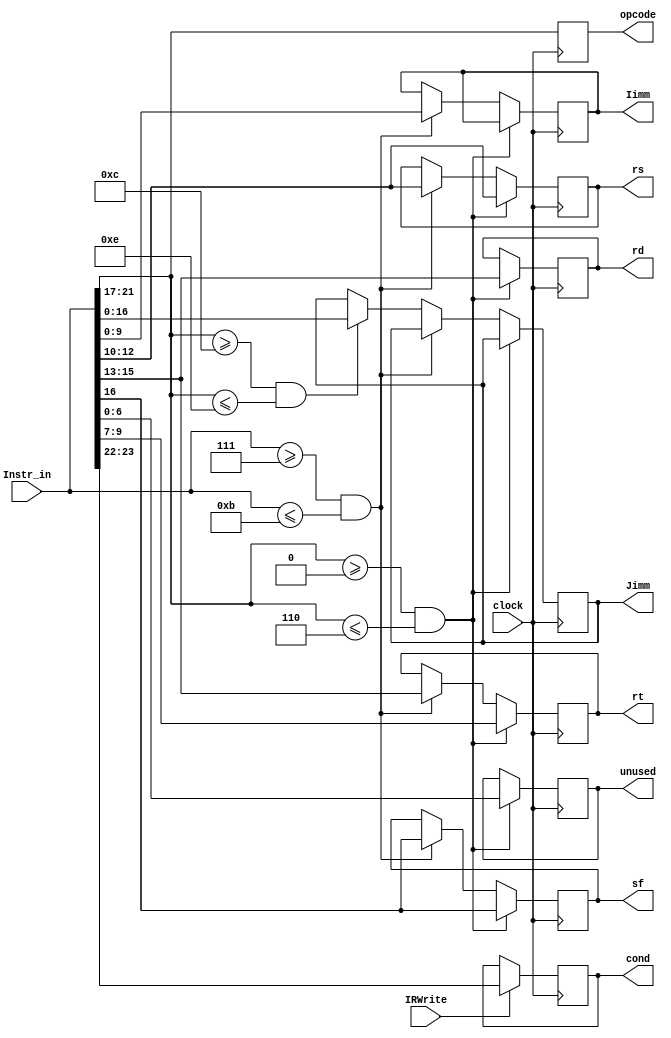
`timescale 1ns / 1ps

module Instruction_register(
	input clock,
	input IRWrite,
	input wire [23:0] Instr_in,
	output reg [1:0] cond,
    output reg [4:0] opcode,
    output reg sf,
    output reg [2:0] rd,
    output reg [2:0] rs,
    output reg [2:0] rt,
    output reg [6:0] unused,
    output reg [9:0] Iimm,
    output reg [16:0] Jimm
    
	);

always@(posedge clock)
		begin
			if (IRWrite)


    cond [1:0] = Instr_in [23:22];
    opcode [4:0] = Instr_in [21:17];

    if(opcode >= 0 && opcode <= 6)
    begin

        sf = Instr_in [16];
        rd [2:0] = Instr_in [15:13]; // change order (rd last) when connecting it to reg. file
        rs [2:0] = Instr_in [12:10];
        rt [2:0] = Instr_in [9:7];
        unused [6:0] = Instr_in [6:0];
    end

    else if(Instr_in >= 7 && Instr_in <= 11)
    begin
        sf = Instr_in [16];
        rt [2:0] = Instr_in [15:13]; // change order (rs, rt) when connecting it to reg. file
        rs [2:0] = Instr_in [12:10];
        Iimm [9:0] = Instr_in [9:0];
    end

    else if(opcode >= 12 && opcode <= 14)
    begin
        Jimm [16:0] = Instr_in [16:0];
    end

end

endmodule